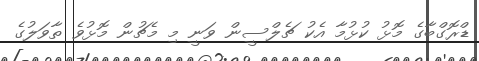
ޑްރޮގްބާގެ މޮޅު ކުޅުމާ އެކު ޗެލްސީން ވަނީ މި މެޗުން މޮޅުވެ ތާވަލުގެ